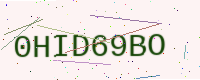
Text: 0HID69BO